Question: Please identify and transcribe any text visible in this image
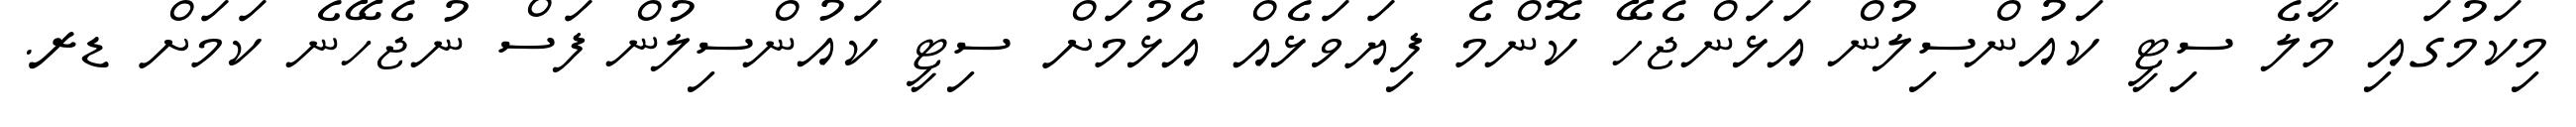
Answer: މިކަމުގައި މާލެ ސިޓީ ކައުންސިލުން އަޅަންޖެހޭ ކޮންމެ ފިޔަވަޅެއް އެޅުމަށް ސިޓީ ކައުންސިލުން ފަސް ނުޖެހޭނެ ކަމަށް ޑރ.